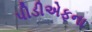
પીડીએફના